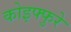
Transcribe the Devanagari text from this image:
कोइफ्फुरे